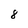
Character: 8